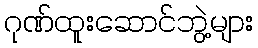
ဂုဏ်ထူးဆောင်ဘွဲ့များ